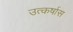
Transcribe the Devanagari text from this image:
उत्कर्षास